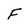
Character: F